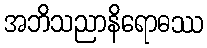
အဘိသညာနိရောဓဿ